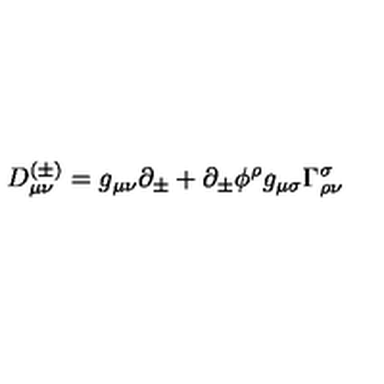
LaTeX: D _ { \mu \nu } ^ { ( \pm ) } = g _ { \mu \nu } \partial _ { \pm } + \partial _ { \pm } \phi ^ { \rho } g _ { \mu \sigma } \Gamma _ { \rho \nu } ^ { \sigma }